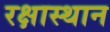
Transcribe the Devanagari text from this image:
रक्षास्थान